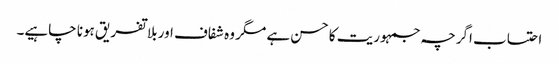
احتساب اگرچہ جمہوریت کا حسن ہے مگر وہ شفاف اور بلا تفریق ہونا چاہیے۔